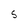
Character: s